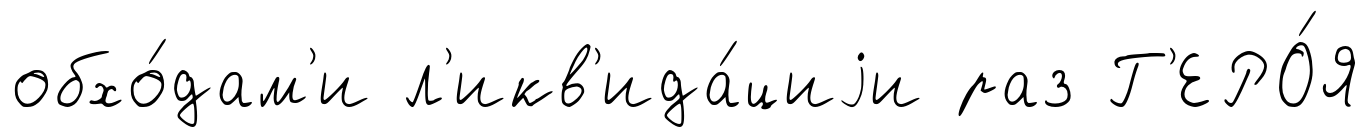
обхо́дам'и л'икв'ида́циjи раз Г'ЕРО́Я